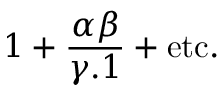
1 + { \frac { \alpha \beta } { \gamma . 1 } } + { \mathrm { e t c . } }